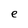
Character: e